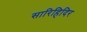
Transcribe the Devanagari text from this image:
सारिहिदिर